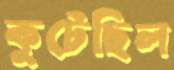
কুটেছিল